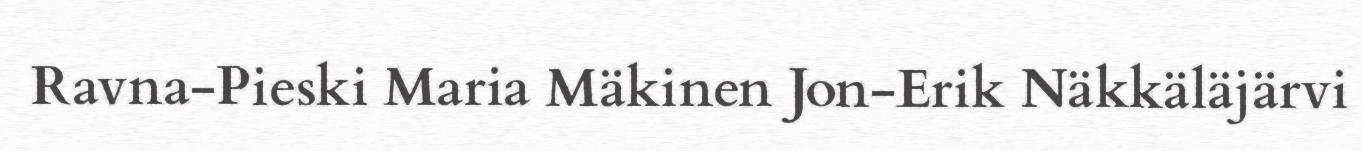
Ravna-Pieski Maria Mäkinen Jon-Erik Näkkäläjärvi